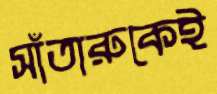
সাঁতারুকেই